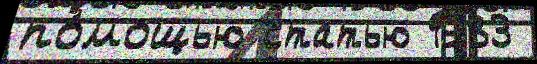
по́мощью статью 1983